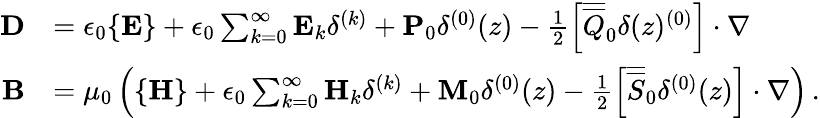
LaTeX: \begin{array}{rl}{\mathbf{D}}&{=\epsilon_{0}\{ \mathbf{E}\} +\epsilon_{0}\sum_{k=0}^{\infty}\mathbf{E}_{k}\delta^{(k)}+\mathbf{P}_{0}\delta^{(0)}(z)-\frac{1}{2}\left[\overline{{\overline{{Q}}}}_{0}\delta(z)^{(0)}\right]\cdot\nabla}\\ {\mathbf{B}}&{=\mu_{0}\left(\{ \mathbf{H}\} +\epsilon_{0}\sum_{k=0}^{\infty}\mathbf{H}_{k}\delta^{(k)}+\mathbf{M}_{0}\delta^{(0)}(z)-\frac{1}{2}\left[\overline{{\overline{{S}}}}_{0}\delta^{(0)}(z)\right]\cdot\nabla\right)\, .}\end{array}